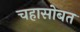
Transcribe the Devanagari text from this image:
चहासोबत